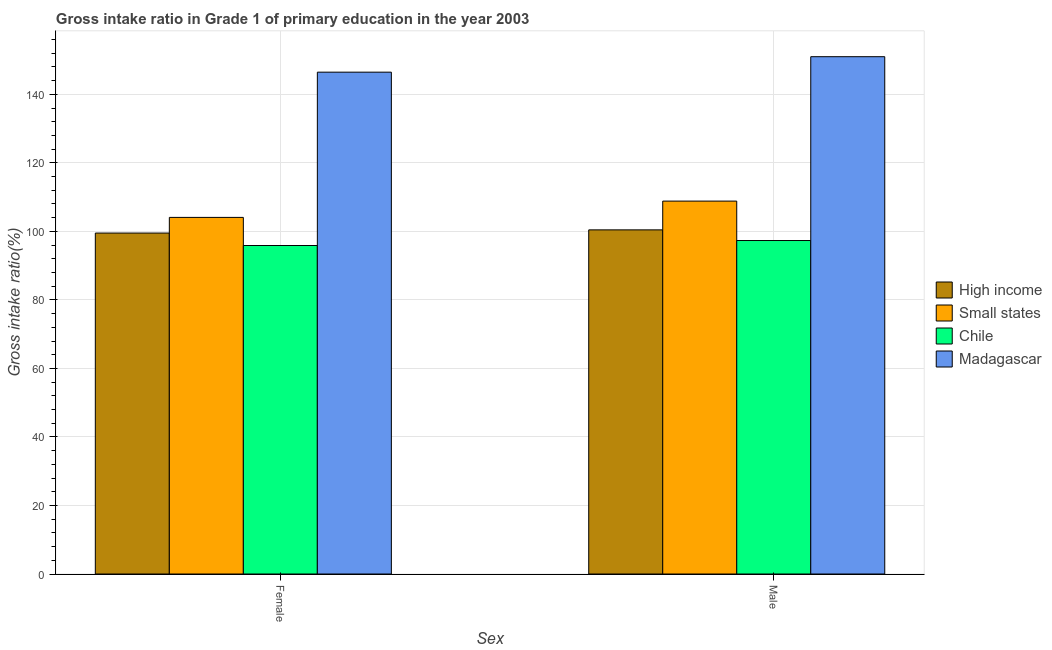
| Sex | High income | Small states | Chile | Madagascar |
 | --- | --- | --- | --- | --- |
 | Female | 99.5 | 104 | 95.9 | 146 |
 | Male | 100 | 109 | 97.3 | 151 |